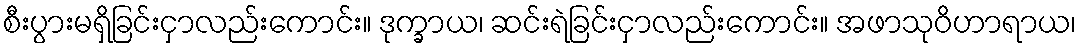
စီးပွားမရှိခြင်းငှာလည်းကောင်း။ ဒုက္ခာယ၊ ဆင်းရဲခြင်းငှာလည်းကောင်း။ အဖာသုဝိဟာရာယ၊